Calcutta medical institutions reports 1879-81 [i.e.91]
Year: 1879
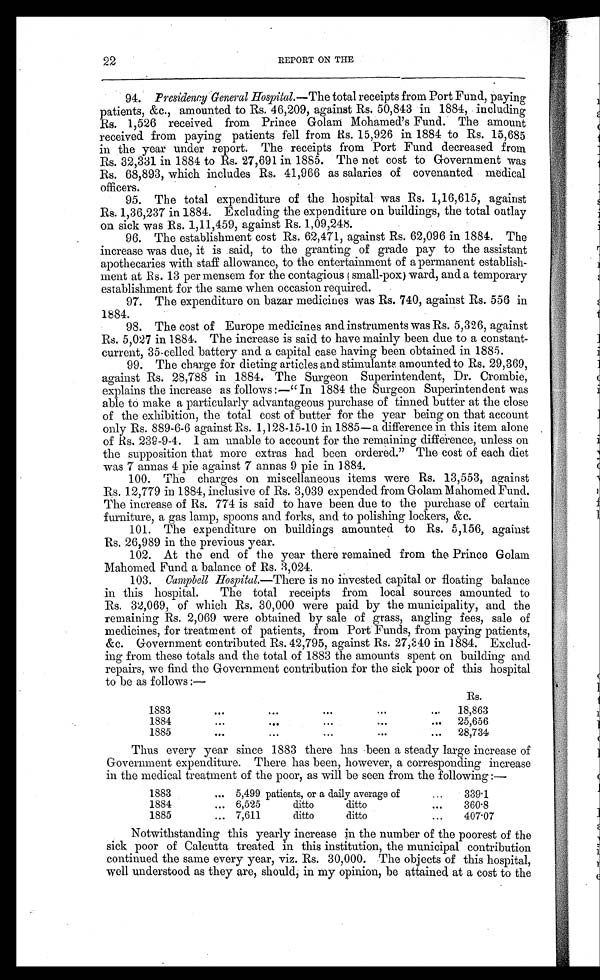
22
REPORT ON THE
94. Presidency General Hospital. —The total receipts from Port Fund, paying
patients, &c., amounted to Rs. 46,209, against Rs. 50,843 in 1884, including
Rs. 1,526 received from Prince Golam Mohamed's Fund. The amount
received from paying patients fell from Rs. 15,926 in 1884 to Rs. 15,685
in the year under report. The receipts from Port Fund decreased from
Rs. 32,331 in 1884 to Rs. 27,691 in 1885. The net cost to Government was
Rs. 68,893, which includes Rs. 41,966 as salaries of covenanted medical
officers.
95. The total expenditure of the hospital was Rs. 1,16,615, against
Rs. 1,36,237 in 1884. Excluding the expenditure on buildings, the total outlay
on sick was Rs. 1,11,459, against Rs. 1,09,248.
96. The establishment cost Rs. 62,471, against Rs. 62,096 in 1884. The
increase was due, it is said, to the granting of grade pay to the assistant
apothecaries with staff allowance, to the entertainment of a permanent establish-
ment at Rs. 13 per mensem for the contagious (small-pox) ward, and a temporary
establishment for the same when occasion required.
97. The expenditure on bazar medicines was Rs. 740, against Rs. 556 in
1884.
98. The cost of Europe medicines and instruments was Rs. 5,326, against
Rs. 5,027 in 1884. The increase is said to have mainly been due to a constant
¬ c u r r e n t , 3 5 . c e l l e d
b a t t e r y a n d a
c a p i t a l c a s e h a v i n g b e e n o b t a i n e d i n 1 8 8 5 .
99. The charge for dieting articles and stimulants amounted to Rs. 29,369,
against Rs. 28,788 in 1884. The Surgeon Superintendent, Dr. Crombie,
explains the increase as follows:—"In 1884 the Surgeon Superintendent was
able to make a particularly advantageous purchase of tinned butter at the close
of the exhibition, the total cost of butter for the year being on that account
only Rs. 889-6-6 against Rs. 1,128-15-10 in 1885—a difference in this item alone
of Rs. 239-9-4. I am unable to account for the remaining difference, unless on
the supposition that more extras had been ordered." The cost of each diet
was 7 annas 4 pie against 7 annas 9 pie in 1884.
100. The charges on miscellaneous items were Rs. 13,553, against
Rs. 12,779 in 1884, inclusive of Rs. 3,039 expended from Golam Mahomed Fund.
The increase of Rs. 774 is said to have been due to the purchase of certain
furniture, a gas lamp, spoons and forks, and to polishing lockers, &c.
101. The expenditure on buildings amounted to Rs. 5,156, against
Rs. 26,989 in the previous year.
102. At the end of the year there remained from the Prince Golam
Mahomed Fund a balance of Rs. 3,024.
103. Campbell Hospital.—There is no invested capital or floating balance
in this hospital. The total receipts from local sources amounted to
Rs. 32,069, of which Rs. 30,000 were paid by the municipality, and the
remaining Rs. 2,069 were obtained by sale of grass, angling fees, sale of
medicines, for treatment of patients, from Port Funds, from paying patients,
&c. Government contributed Rs. 42,795, against Rs. 27,340 in 1884. Exclud-
ing from these totals and the total of 1883 the amounts spent on building and
repairs, we find the Government contribution for the sick poor of this hospital
to be as f ol l ows: —
Rs.
1883
...
...
...
...
. . .
18,863
1884
...
...
. . .
25,656
1885
•.•
...t
. . .
...
...
28,734
Thus every year since 1883 there has been a steady large increase of
Government expenditure. There has been, however, a corresponding increase
in the medical treatment of the poor, as will be seen from the following:—
1883
... 5,499 patients, or a daily average of
...
339.1
1884
... 6,525
ditto
ditto
...
360.8
1885
... 7,611
ditto
ditto
...
407.07
Notwithstanding this yearly increase in the number of the poorest of the
sick poor of Calcutta treated in this institution, the municipal contribution
continued the same every year, viz. Rs. 30,000. The objects of this hospital,
well understood as they are, should, in my opinion, be attained at a cost to the